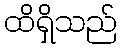
ထိရှိသည်